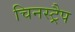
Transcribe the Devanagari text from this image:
चिनस्ट्रैप